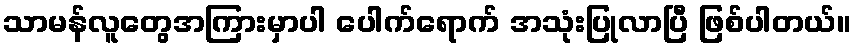
သာမန်လူတွေအကြားမှာပါ ပေါက်ရောက် အသုံးပြုလာပြီ ဖြစ်ပါတယ်။